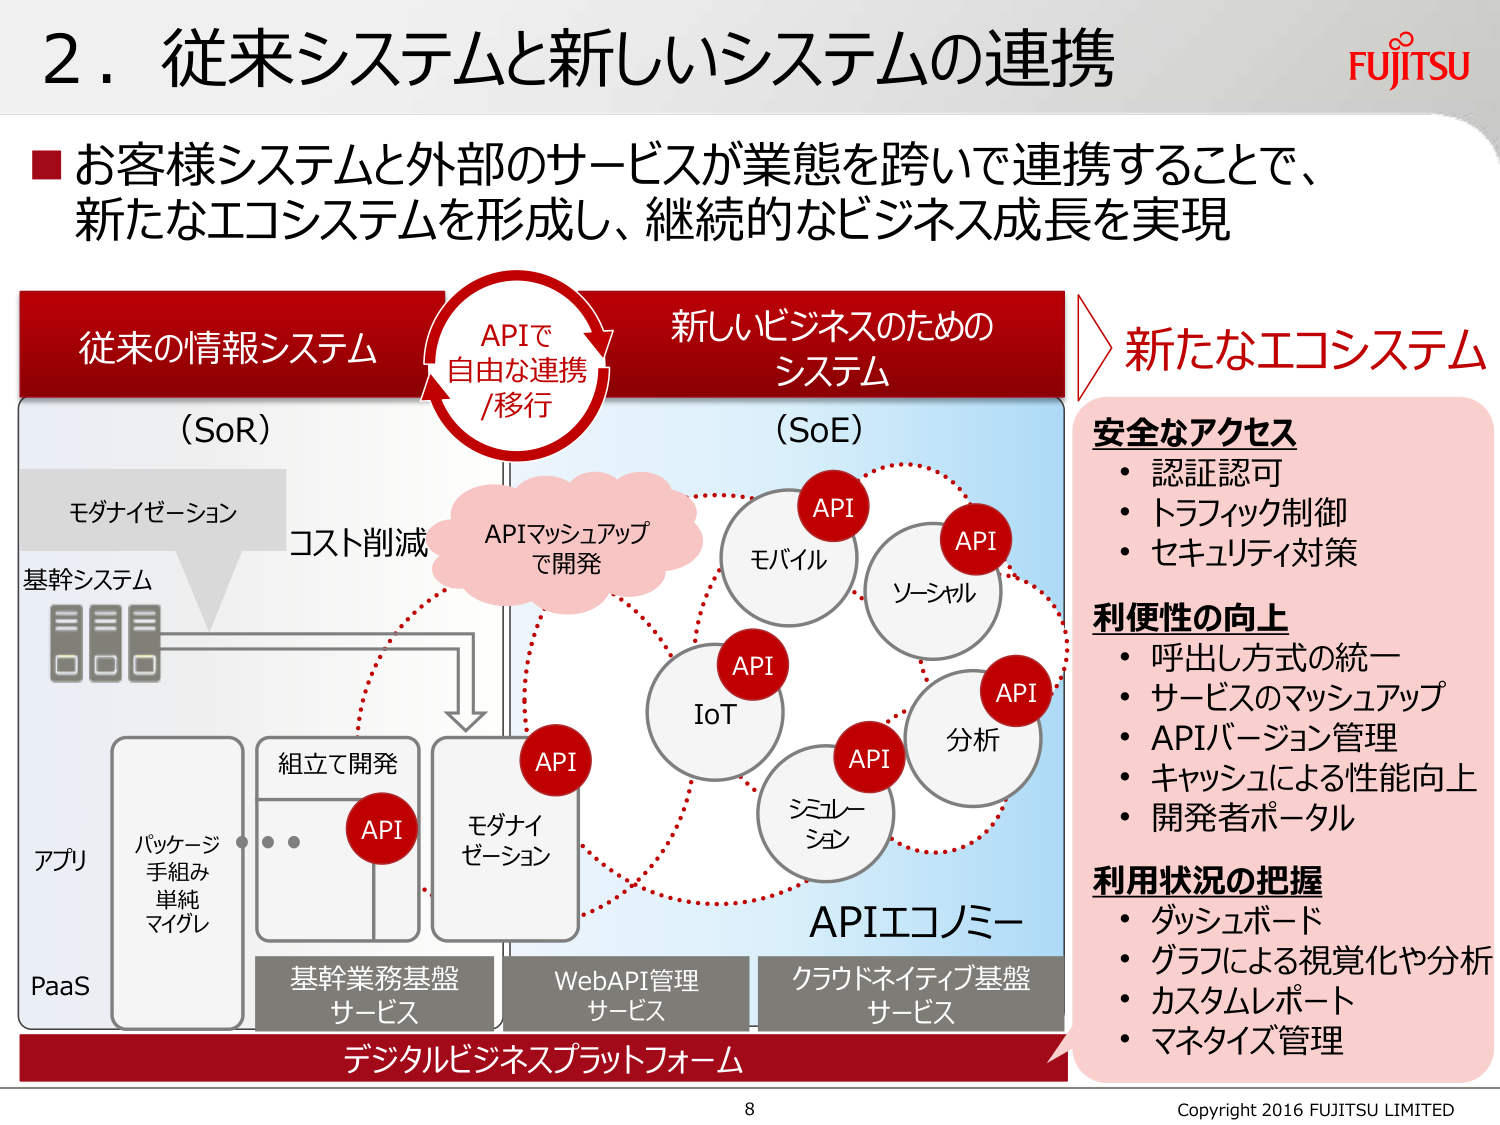
2．従来システムと新しいシステムの連携

■ お客様システムと外部のサービスが業態を跨いで連携することで、
新たなエコシステムを形成し、継続的なビジネス成長を実現

従来の情報システム
（SoR）
モダナイゼーション
コスト削減
基幹システム

アプリ
PaaS
パッケージ
手組み
単純
マイグレ

組立て開発
API

モダナイ
ゼーション

基幹業務基盤
サービス

WebAPI管理
サービス

クラウドネイティブ基盤
サービス

デジタルビジネスプラットフォーム

APIで
自由な連携
/移行

新しいビジネスのための
システム
（SoE）

APIマッシュアップ
で開発

API
モバイル

API
ソーシャル

API
IoT

API
分析

API
シミュレー
ション

APIエコノミー

新たなエコシステム

安全なアクセス
・認証認可
・トラフィック制御
・セキュリティ対策

利便性の向上
・呼出し方式の統一
・サービスのマッシュアップ
・APIバージョン管理
・キャッシュによる性能向上
・開発者ポータル

利用状況の把握
・ダッシュボード
・グラフによる視覚化や分析
・カスタムレポート
・マネタイズ管理

FUJITSU

8
Copyright 2016 FUJITSU LIMITED